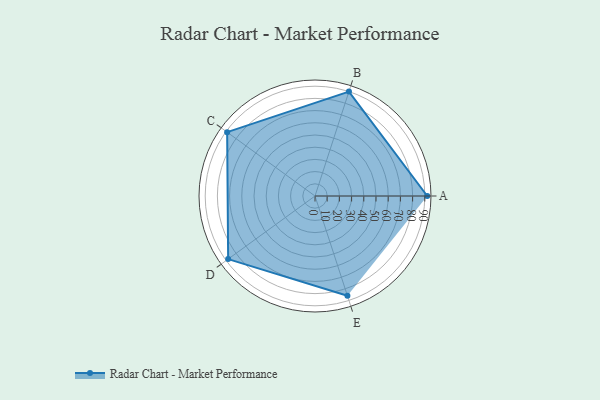
{"axis": {"x": "Skill", "y": "Score"}, "legend": ["Profile"], "data": [{"x": "A", "y": 92.0, "type": "Profile"}, {"x": "B", "y": 90.0, "type": "Profile"}, {"x": "C", "y": 89.0, "type": "Profile"}, {"x": "D", "y": 88.0, "type": "Profile"}, {"x": "E", "y": 86.0, "type": "Profile"}]}